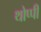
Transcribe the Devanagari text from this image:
थोप्पी